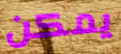
يمكن